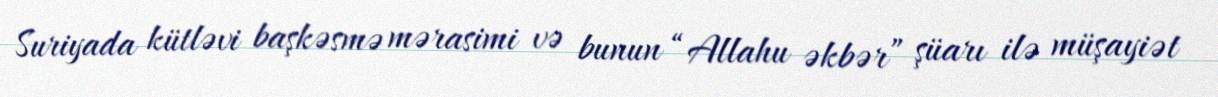
Suriyada kütləvi başkəsmə mərasimi və bunun “Allahu əkbər” şüarı ilə müşayiət